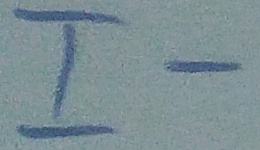
Text: I-